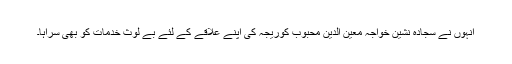
انہوں نے سجادہ نشین خواجہ معین الدین محبوب کوریجہ کی اپنے علاقے کے لئے بے لوث خدمات کو بھی سراہا۔